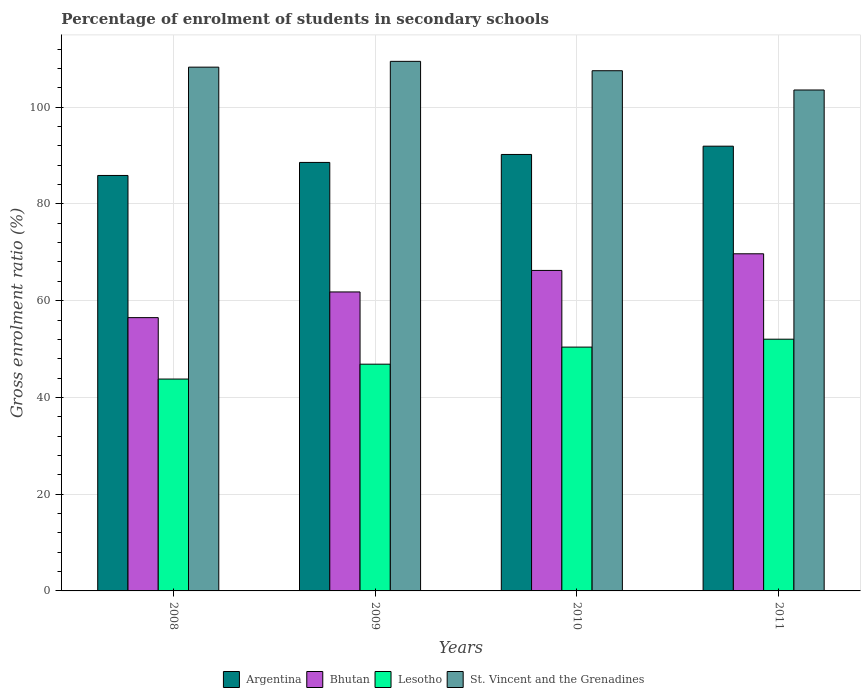
| Years | Argentina | Bhutan | Lesotho | St. Vincent and the Grenadines |
 | --- | --- | --- | --- | --- |
 | 2008 | 85.9 | 56.5 | 43.8 | 108 |
 | 2009 | 88.6 | 61.8 | 46.9 | 109 |
 | 2010 | 90.2 | 66.3 | 50.4 | 108 |
 | 2011 | 91.9 | 69.7 | 52 | 104 |